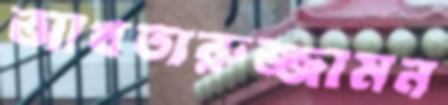
আখতারুজ্জামন